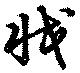
戕